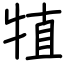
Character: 犆